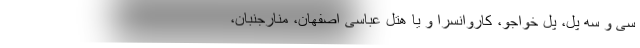
سی و سه پل، پل خواجو، کاروانسرا و یا هتل عباسی اصفهان، منارجنبان،